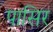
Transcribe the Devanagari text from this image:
पासिर